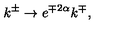
k ^ { \pm } \rightarrow e ^ { \mp 2 \alpha } k ^ { \mp } ,